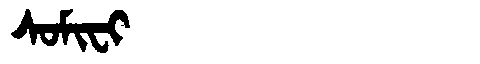
Manchu: ᠰᠣᠮᡳᠸᡳ
Romanization: SOMIFI